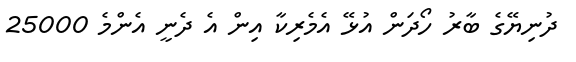
ދުނިޔޭގެ ބާރު ހޯދަން އުޅޭ އެމެރިކާ އިން އެ ދެނީ އެންމެ 25000